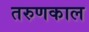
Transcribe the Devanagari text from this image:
तरुणकाल